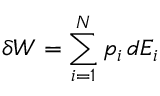
\delta W = \sum _ { i = 1 } ^ { N } p _ { i } \, d E _ { i }